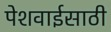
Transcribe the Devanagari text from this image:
पेशवाईसाठी